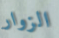
الزوار